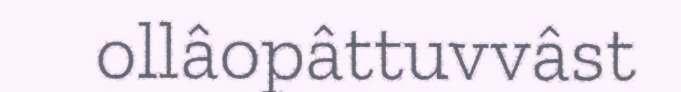
ollâopâttuvvâst